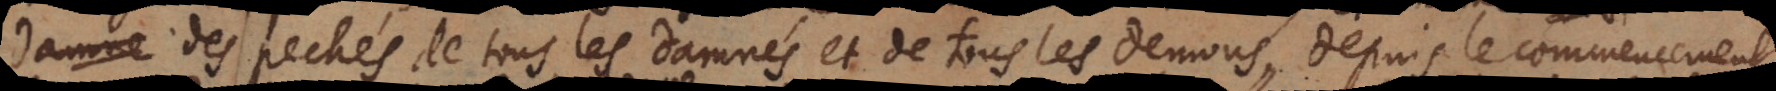
des pechés de tous les damnés et de tous les demons, depuis le commencement